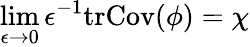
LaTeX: \operatorname*{lim}_{\epsilon\rightarrow 0}\epsilon^{-1}\mathrm{tr}\mathrm{Cov}(\phi)=\chi